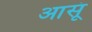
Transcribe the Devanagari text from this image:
आसूं